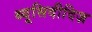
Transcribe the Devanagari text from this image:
थ्यूसिदीदिज़